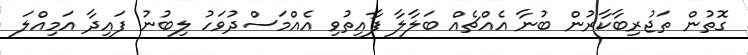
ގޮތުން ތަޖުރިބާކާރުން ބުނާ އެއްޗެއް ބަލާލާ ފާއިތުވި އެއްމަސްދުވަހު ލިބުނު ފައިދާ އަމިއްލަ